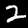
Digit: 2